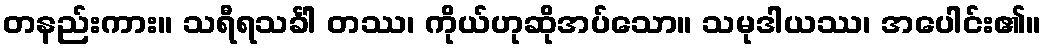
တနည်းကား။ သရီရသင်္ခါ တဿ၊ ကိုယ်ဟုဆိုအပ်သော။ သမုဒါယဿ၊ အပေါင်း၏။